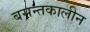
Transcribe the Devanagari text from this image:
बसन्तकालीन